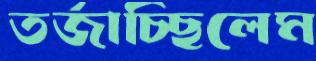
তর্জাচ্ছিলেম